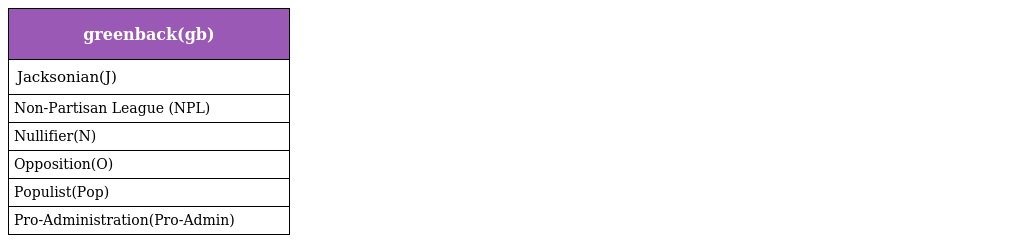
| greenback(gb) |
 | --- |
 | Jacksonian(J) |
 | Non-Partisan League (NPL) |
 | Nullifier(N) |
 | Opposition(O) |
 | Populist(Pop) |
 | Pro-Administration(Pro-Admin) |